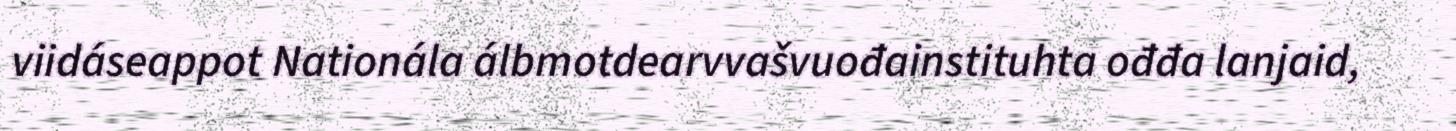
viidáseappot Nationála álbmotdearvvašvuođainstituhta ođđa lanjaid,